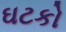
ઘટકો